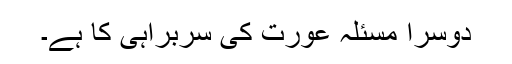
دوسرا مسئلہ عورت کی سربراہی کا ہے۔